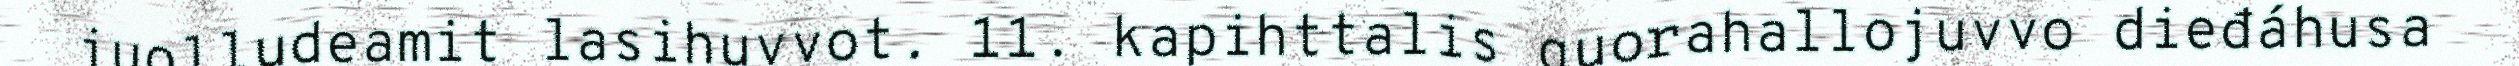
juolludeamit lasihuvvot. 11. kapihttalis guorahallojuvvo dieđáhusa